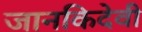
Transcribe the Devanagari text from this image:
जानकिदेवी